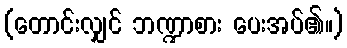
(တောင်းလျှင် ဘဏ္ဍာစား ပေးအပ်၏။)